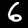
Digit: 6